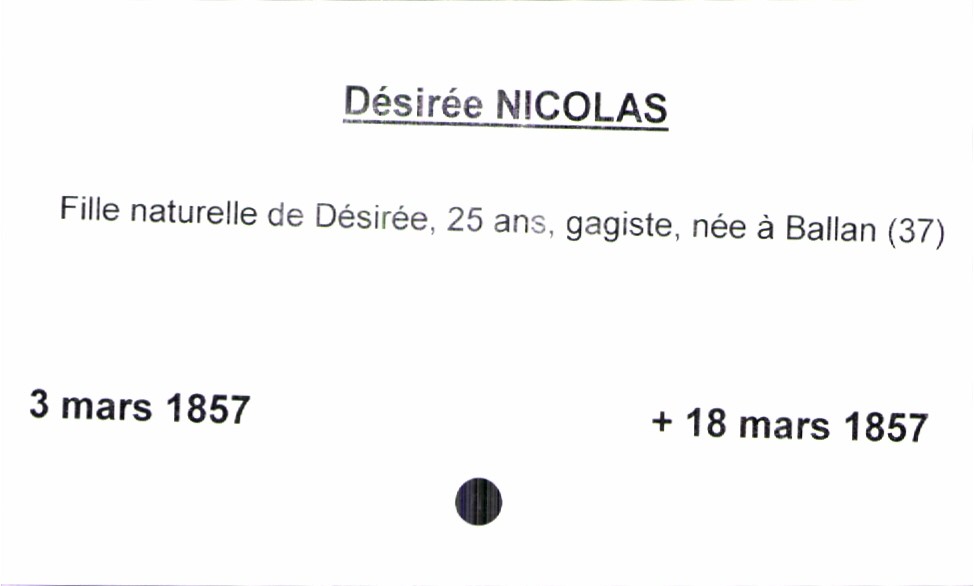
type_acte: Baptême
observations: père inconnu, mère : 25 ans, née à Ballan (37)
filiation: fille
enfant_prénom: Désirée
enfant_date_de_naissance: 3 mars 1857
enfant_date_de_décès: 18 mars 1857
mère_enfant_nom: Nicolas
mère_enfant_prénom: Désirée
mère_enfant_âge: 25 ans
mère_enfant_profession: gagiste
mère_enfant_lieu_de_naissance: Ballan (37)